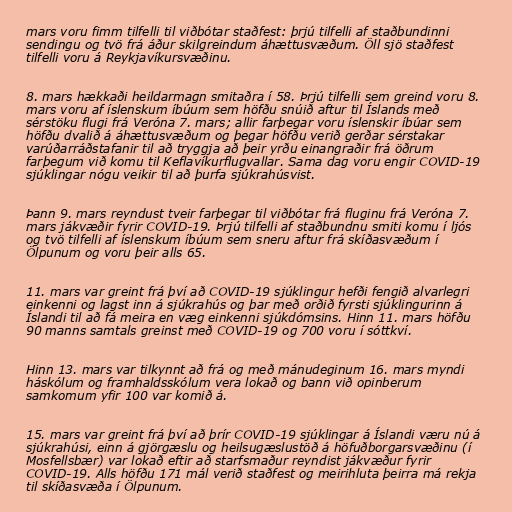
mars voru fimm tilfelli til viðbótar staðfest: þrjú tilfelli af staðbundinni
sendingu og tvö frá áður skilgreindum áhættusvæðum. Öll sjö staðfest
tilfelli voru á Reykjavíkursvæðinu.

8. mars hækkaði heildarmagn smitaðra í 58. Þrjú tilfelli sem greind voru 8.
mars voru af íslenskum íbúum sem höfðu snúið aftur til Íslands með
sérstöku flugi frá Veróna 7. mars; allir farþegar voru íslenskir ​​íbúar sem
höfðu dvalið á áhættusvæðum og þegar höfðu verið gerðar sérstakar
varúðarráðstafanir til að tryggja að þeir yrðu einangraðir frá öðrum
farþegum við komu til Keflavíkurflugvallar. Sama dag voru engir COVID-19
sjúklingar nógu veikir til að þurfa sjúkrahúsvist.

Þann 9. mars reyndust tveir farþegar til viðbótar frá fluginu frá Veróna 7.
mars jákvæðir fyrir COVID-19. Þrjú tilfelli af staðbundnu smiti komu í ljós
og tvö tilfelli af íslenskum íbúum sem sneru aftur frá skíðasvæðum í
Ölpunum og voru þeir alls 65.

11. mars var greint frá því að COVID-19 sjúklingur hefði fengið alvarlegri
einkenni og lagst inn á sjúkrahús og þar með orðið fyrsti sjúklingurinn á
Íslandi til að fá meira en væg einkenni sjúkdómsins. Hinn 11. mars höfðu
90 manns samtals greinst með COVID-19 og 700 voru í sóttkví.

Hinn 13. mars var tilkynnt að frá og með mánudeginum 16. mars myndi
háskólum og framhaldsskólum vera lokað og bann við opinberum
samkomum yfir 100 var komið á.

15. mars var greint frá því að þrír COVID-19 sjúklingar á Íslandi væru nú á
sjúkrahúsi, einn á gjörgæslu og heilsugæslustöð á höfuðborgarsvæðinu (í
Mosfellsbær) var lokað eftir að starfsmaður reyndist jákvæður fyrir
COVID-19. Alls höfðu 171 mál verið staðfest og meirihluta þeirra má rekja
til skíðasvæða í Ölpunum.